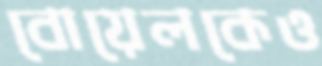
বোয়েলকেও